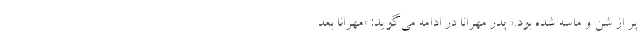
پر از شن و ماسه شده بود.» پدر مهرانا در ادامه می‌گوید: «مهرانا بعد